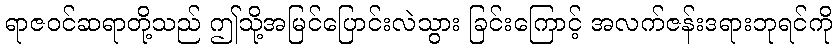
ရာဇဝင်ဆရာတို့သည် ဤသို့အမြင်ပြောင်းလဲသွား ခြင်းကြောင့် အလက်ဇန်းဒရားဘုရင်ကို